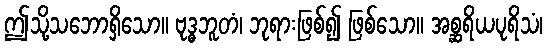
ဤသို့သဘောရှိသော။ ဗုဒ္ဓဘူတံ၊ ဘုရားဖြစ်၍ ဖြစ်သော။ အစ္ဆရိယပုရိသံ၊